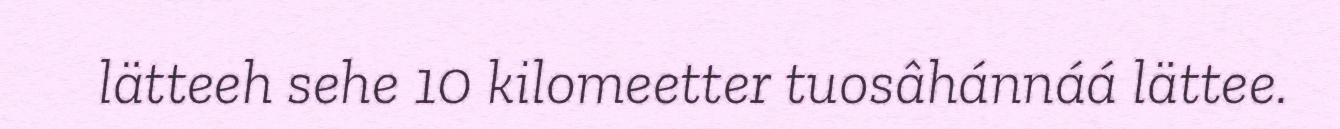
lätteeh sehe 10 kilomeetter tuosâhánnáá lättee.